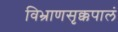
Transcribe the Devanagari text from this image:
विभ्राणसृक्कपालं